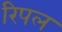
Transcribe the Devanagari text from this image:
रिपल